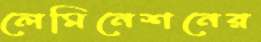
লেমিনেশনের